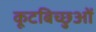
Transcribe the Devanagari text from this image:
कूटबिच्छुओं